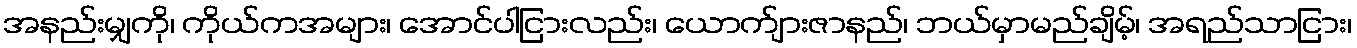
အနည်းမျှကို၊ ကိုယ်ကအများ၊ အောင်ပါငြားလည်း၊ ယောက်ျားဇာနည်၊ ဘယ်မှာမည်ချိမ့်၊ အရည်သာငြား၊